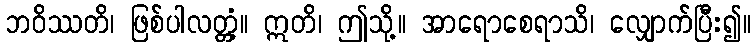
ဘဝိဿတိ၊ ဖြစ်ပါလတ္တံ့။ ဣတိ၊ ဤသို့။ အာရောစေရာသိ၊ လျှောက်ပြီး၍။